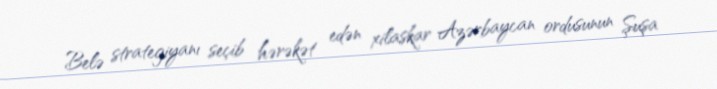
Belə strategiyanı seçib hərəkət edən xilaskar Azərbaycan ordusunun Şuşa